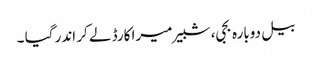
بیل دوبارہ بجی، شبیر میرا کارڈ لے کر اندر گیا ۔